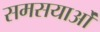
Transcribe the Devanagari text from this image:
समसयाओं